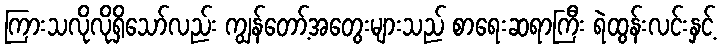
ကြားသလိုလိုရှိသော်လည်း ကျွန်တော့်အတွေးများသည် စာရေးဆရာကြီး ရဲထွန်းလင်းနှင့်